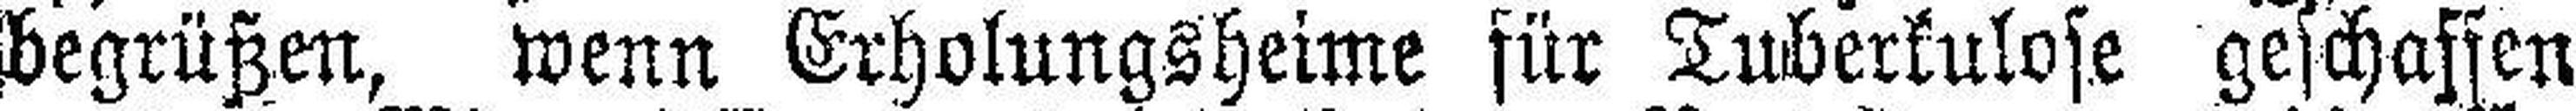
begrüßen, wenn Erholungsheime für Tuberkulose geschaffen